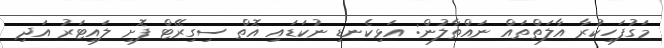
މަގުފަހިކުރާ އާލަތްތައް ނައްތާލުން: އަޅިކެނޑި ނުކަޑައި އޮތް ސިގިރޭޓް ފޮށި ލައިޓަރު އަދި